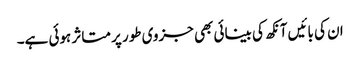
ان کی بائیں آنکھ کی بینائی بھی جزوی طور پر متاثر ہوئی ہے۔